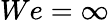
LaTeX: We=\infty